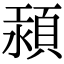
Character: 𩒴